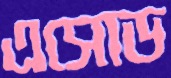
এসোড